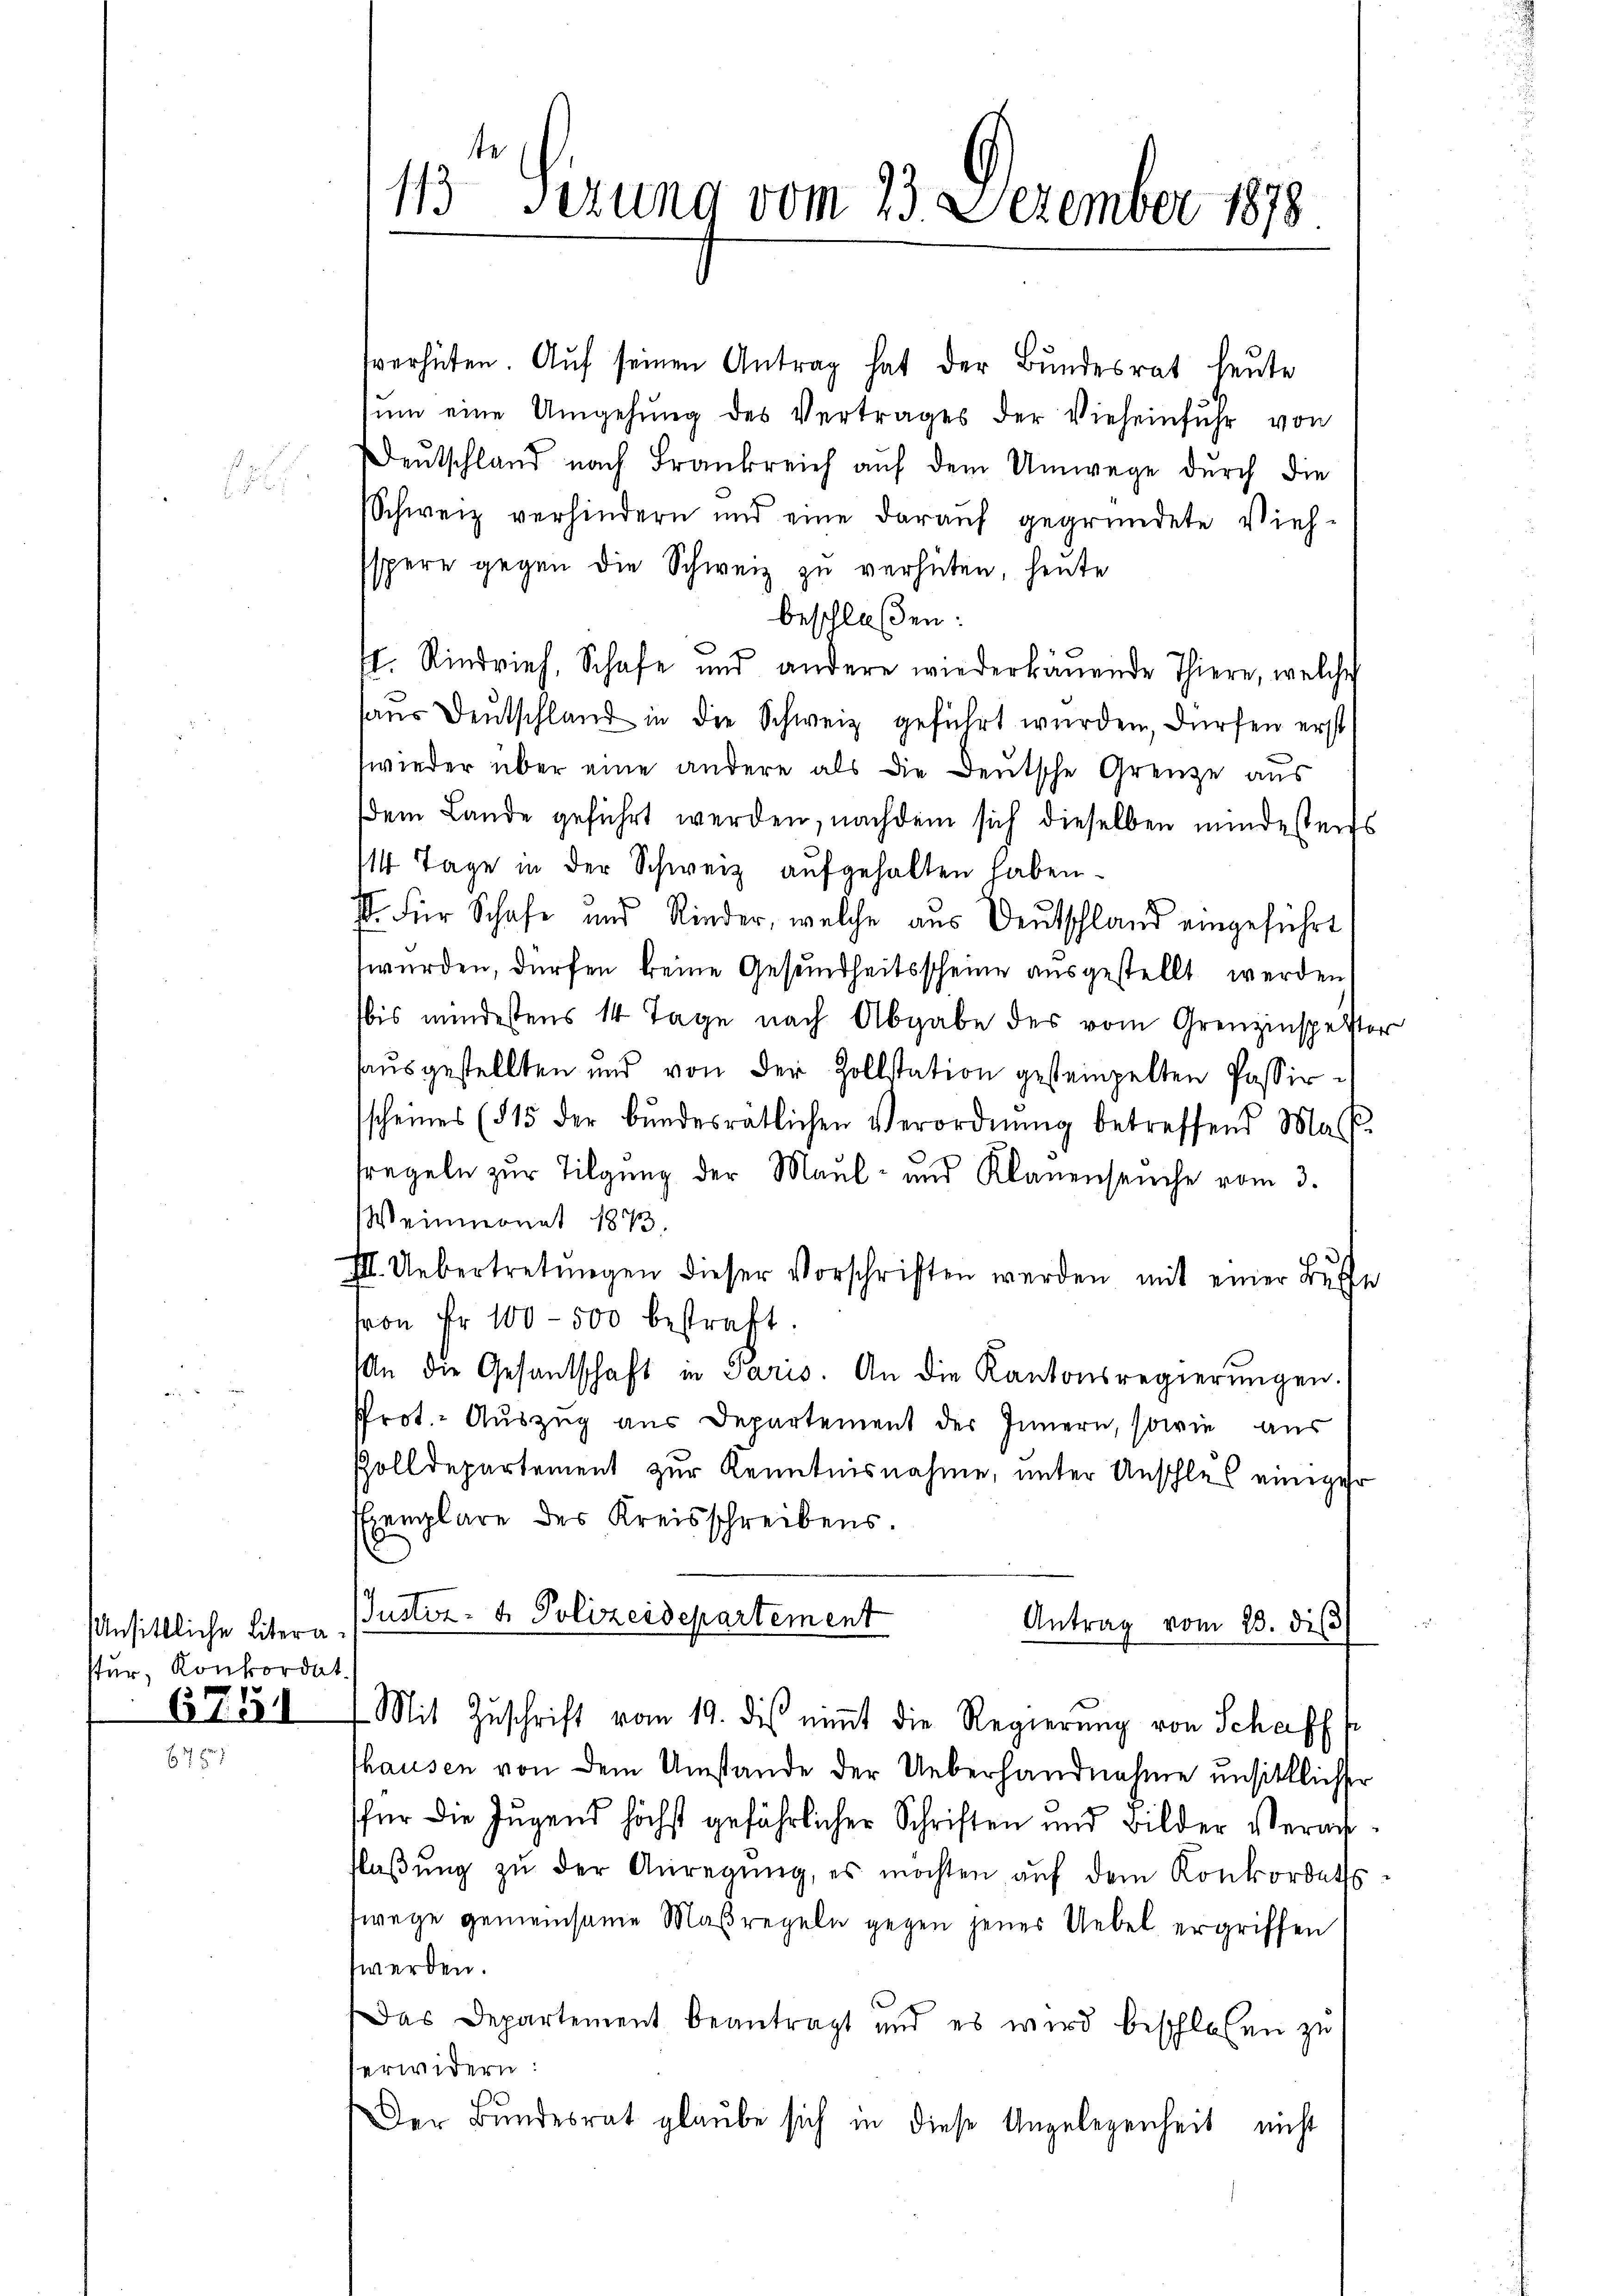
stur, Konkordat
6741

113 Sezung vom 23. Dezember 1878

verhüten. Auf seinen Antrag hat der Bundesrat heute
sŭm eine Umgehŭng des Vertrages der Vieheinfuhr von
Deutschland nach Frankreich auf dem Umwege durch die
Schweiz verhindern und eine darauf gegründete Vieh-
spere gegen die Schweiz zu verhüten, heute
beschloßen:
¬
I. Rindvieh, Schafe und andere wiederbauende Thiere, welche
haŭs Deutschland in die Schweiz geführt wurden, dürfen erst
wieder über eine andere als die Deutsche Grenze aus
dem Lande geführt werden, nachdem sich dieselben mindesters
14 Tage in der Schweiz aufgehalten haben.
I. Für Schafe und Rinder, welche aus Deutschland eingeführt
würden, dürfen keine Gesundheitsscheine ausgestellt werden
bis mindestens 14 Tage nach Abgabe des vom Grenzinspetter
haŭsgestellten und von der Zollstation gestempelten Passirsscheines (§ 15 der bŭndesratlichen Verordnŭng betreffend Mas
tregeln zur Tilgung der Maul- und Klauenseuche vom 3.
Weinmonat 1873.
III. Uebertretungen dieser Vorschriften werden mit einer Busse
von Fr. 100-500 bestraft.
An die Gesandtschaft in Paris. An die Kantonsregierŭngen.
Prot. Auszug aus Departement der Innern, sowie aus
Zolldepartement zur Kenntnisnahme, unter Unschlus einiger
templare des Kreisschreibens.
nsittliche Litern Justiz- & Polizeisepartement
Antrag vom 23. diβ
 Mit Zŭschrift vom 19. des nimt die Regierung von Schaff
thausen von dem Umstände der Ueberhandnahme unsittlicher
für die Jugend höchst gefährlicher Schriften und Bilder Veranflaβŭng zŭ der Anregŭng, es möchten aŭf dem Konkordats-
wege gemeinsame Maßregeln gegen jenes Uebel ergriffen
werden.
Das Departement beantragt und es wird beschlosen zu
erwidern:
Der Bundesrat glaube sich in diese Angelegenheit nicht